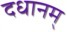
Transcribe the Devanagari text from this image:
दधानम्